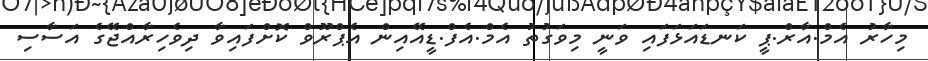
މިހާރު އެމް.އާރް.ޕީ ކަނޑައަޅަފައި ވަނީ މިވަގުތު އެމް.އެފް.ޑީއޭއިން އެޕްރޫވް ކޮށްފައިވާ ދިވެހިރާއްޖޭގެ އަސާސި